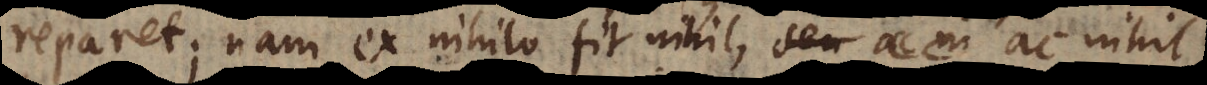
reparet; nam ex nihilo fit nihil, seu ac ni ac nihil